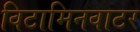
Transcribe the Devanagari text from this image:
विटामिनवाटर